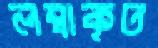
লম্বাকৃত